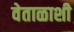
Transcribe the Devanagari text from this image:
वेताळाशी